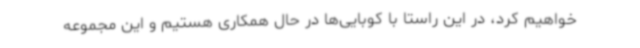
خواهیم کرد، در این راستا با کوبایی‌ها در حال همکاری هستیم و این مجموعه